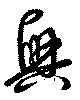
興